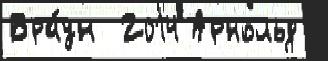
Бра́ун  2014 Арнольд